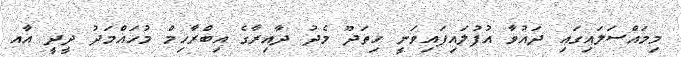
މިމައްސަލައިގައި ދައުވާ އުފުލައިފައިވަނީ ހިތަދޫ މެދު ދާއިރާގެ އިބްރާހިމް މުހައްމަދު ދީދީ އާއ